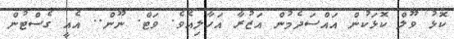
ކޮޅު ވޫލް ކޮޅަކުން އައްސަދެމުން އަޒުރާ އަހާލިއެވެ. ވަޓް. ނޫން.. އެއީ ގެސްޓުން